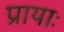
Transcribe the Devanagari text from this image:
प्रायाः